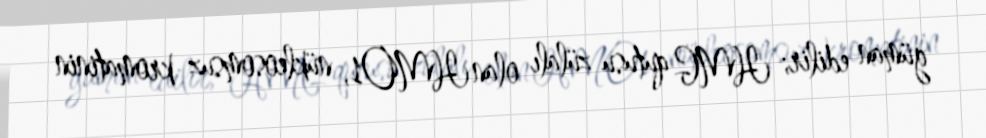
güman edilir; HMG qutusu zülalı olan HMO1, nükleosomsuz kromatinin